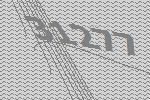
31277